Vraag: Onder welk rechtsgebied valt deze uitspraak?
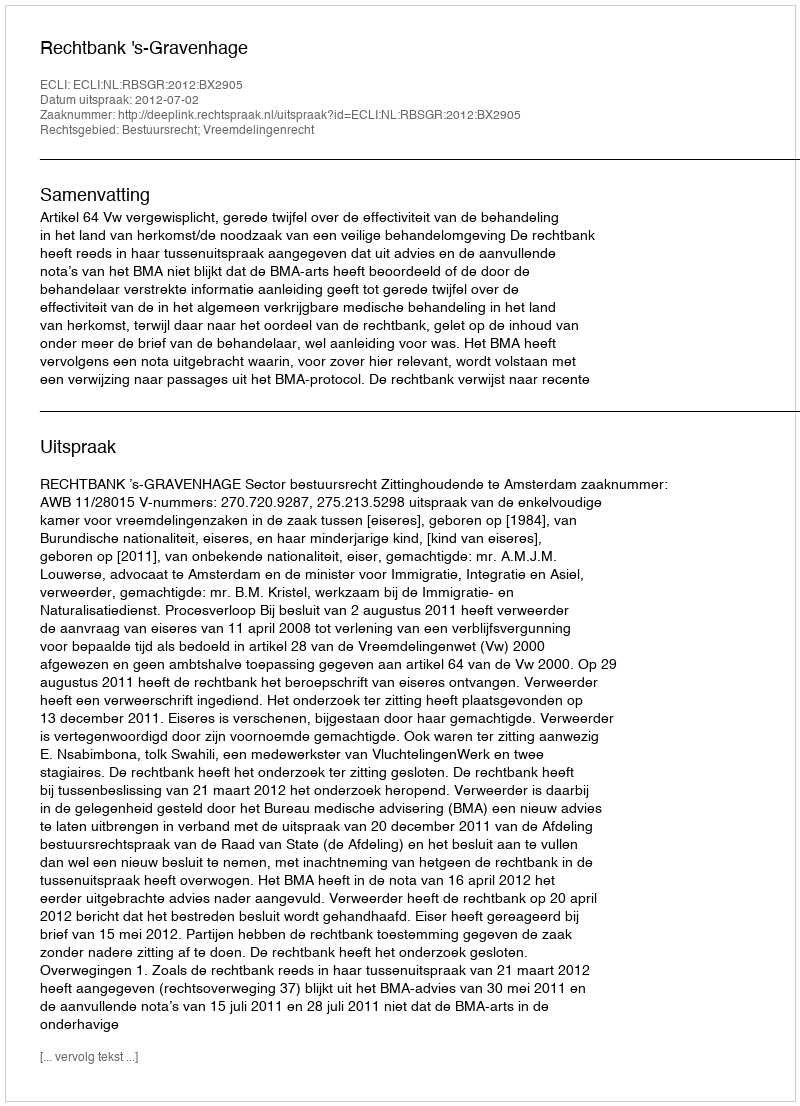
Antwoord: Bestuursrecht; Vreemdelingenrecht